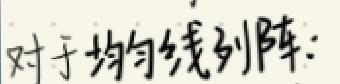
对于均匀线列阵: